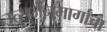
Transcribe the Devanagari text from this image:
उत्सर्जनमार्गांचा